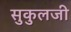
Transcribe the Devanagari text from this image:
सुकुलजी